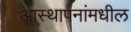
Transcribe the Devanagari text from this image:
आस्थापनांमधील